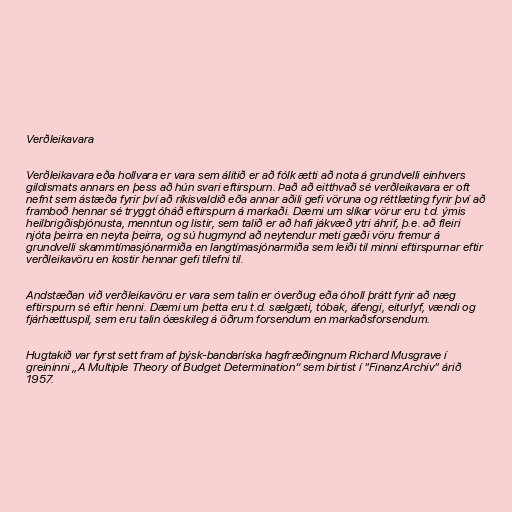
Verðleikavara

Verðleikavara eða hollvara er vara sem álitið er að fólk ætti að nota á grundvelli einhvers
gildismats annars en þess að hún svari eftirspurn. Það að eitthvað sé verðleikavara er oft
nefnt sem ástæða fyrir því að ríkisvaldið eða annar aðili gefi vöruna og réttlæting fyrir því að
framboð hennar sé tryggt óháð eftirspurn á markaði. Dæmi um slíkar vörur eru t.d. ýmis
heilbrigðisþjónusta, menntun og listir, sem talið er að hafi jákvæð ytri áhrif, þ.e. að fleiri
njóta þeirra en neyta þeirra, og sú hugmynd að neytendur meti gæði vöru fremur á
grundvelli skammtímasjónarmiða en langtímasjónarmiða sem leiði til minni eftirspurnar eftir
verðleikavöru en kostir hennar gefi tilefni til.

Andstæðan við verðleikavöru er vara sem talin er óverðug eða óholl þrátt fyrir að næg
eftirspurn sé eftir henni. Dæmi um þetta eru t.d. sælgæti, tóbak, áfengi, eiturlyf, vændi og
fjárhættuspil, sem eru talin óæskileg á öðrum forsendum en markaðsforsendum.

Hugtakið var fyrst sett fram af þýsk-bandaríska hagfræðingnum Richard Musgrave í
greininni „A Multiple Theory of Budget Determination“ sem birtist í "FinanzArchiv" árið
1957.